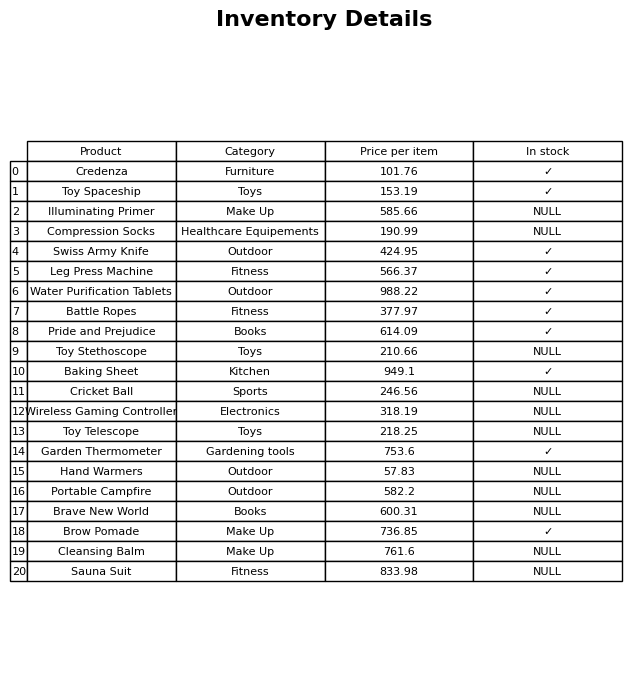
question: What is the price for Illuminating Primer?
answer: The price of Illuminating Primer is 585.66.